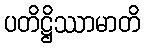
ပတိဋ္ဌိဿာမာတိ